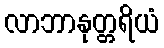
လာဘာနုတ္တရိယံ